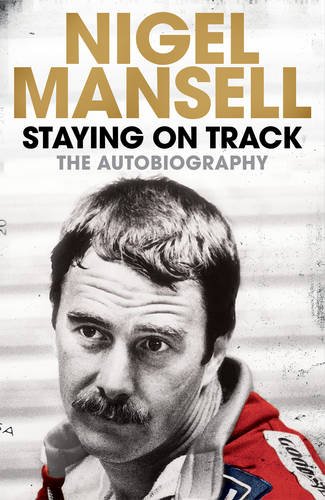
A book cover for Staying on Track: The Autobiography; Nigel Mansell; Sports & Outdoors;